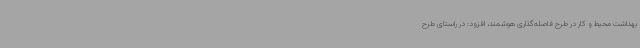
بهداشت محیط و کار در طرح فاصله‌گذاری هوشمند، افزود: در راستای طرح